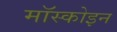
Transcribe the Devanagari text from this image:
मॉस्कोइन